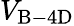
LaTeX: V_{\mathrm{B-4D}}